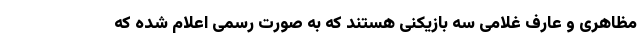
مظاهری و عارف غلامی سه بازیکنی هستند که به صورت رسمی اعلام شده که